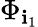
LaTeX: \Phi_{\mathbf{i}_{1}}